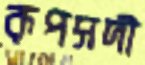
রূপসদী